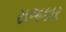
રાજકાર